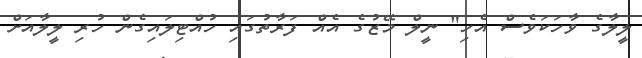
ލީލާގެ ވާހަކަވެސް އެހި" ނީލް މޭޒުގެ އެއް ފަރާތުގައި ހުއްޓިލައިގެން ހުރި ލީލާއަށް